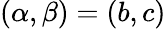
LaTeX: (\alpha,\beta)=(b,c)